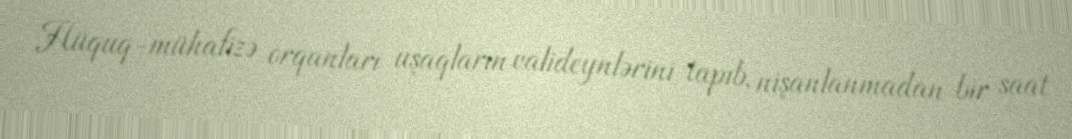
Hüquq-mühafizə orqanları uşaqların valideynlərini tapıb, nişanlanmadan bir saat